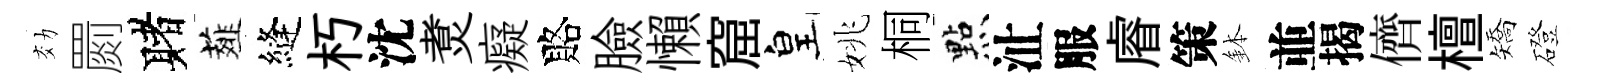
効罽赌薤縫朽沈煑癡賂臉懶窟皇姚桐㸃沚服𥈠策鉢並揭儕檀矯磴